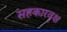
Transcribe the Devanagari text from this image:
सहकारवृक्ष